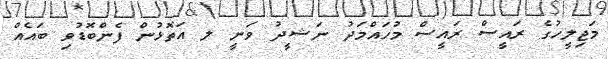
މަޖިލީހުގެ ރައީސް ރައީސް މުހައްމަދު ނަޝީދު ވަނީ ލ އަތޮޅުން ފެންބޮޑުވި ބައެއް